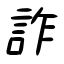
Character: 詐